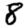
Digit: 8